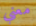
معني